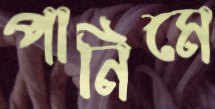
পানিমে